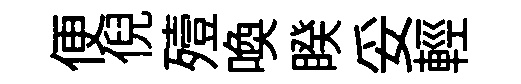
便倪殪喚睽妥輕